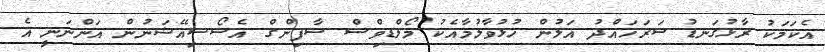
އެކަމަކު ރާޅުގަނޑު ސަރަހައްދު އަލުން ހުޅުވާލުމާއެކު މޯލްޑިވްސް ސާފިންގް އެސޯސިއޭޝަނުން އަންނަނީ އެ